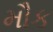
મૌક